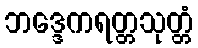
ဘဒ္ဒေကရတ္တသုတ္တံ